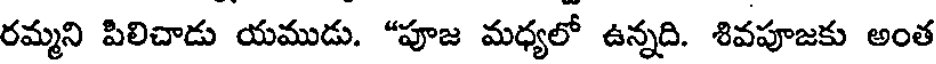
రమ్మని పిలిచాడు యముడు. "పూజ మధ్యలో ఉన్నది. శివపూజకు అంత